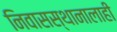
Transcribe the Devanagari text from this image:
निवासस्थानालाही